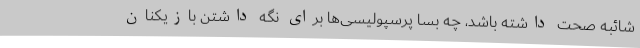
شائبه صحت داشته باشد، چه بسا پرسپولیسی‌ها برای نگه داشتن بازیکنان